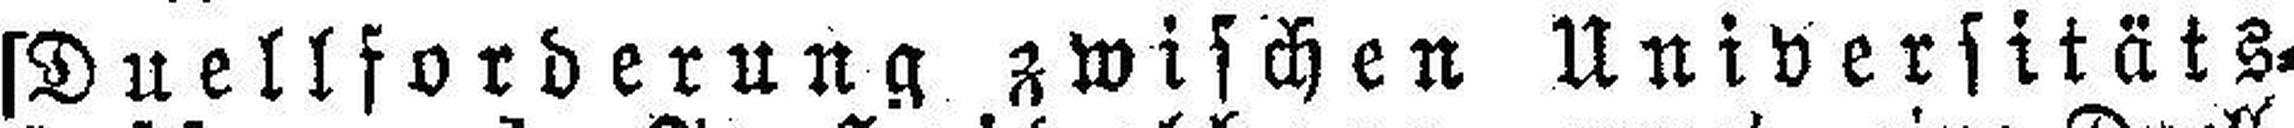
[Duellforderung zwischen Universitäts¬